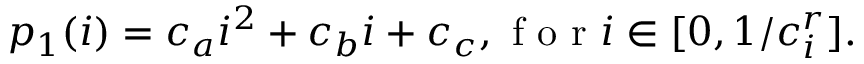
p _ { 1 } ( i ) = c _ { a } i ^ { 2 } + c _ { b } i + c _ { c } , \mathrm { ~ f ~ o ~ r ~ } i \in [ 0 , 1 / c _ { i } ^ { r } ] .